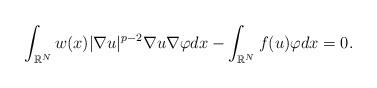
LaTeX: \begin{align*}\int_{\mathbb{R}^N}w(x)|\nabla u|^{p-2} \nabla u\nabla \varphi dx-\int_{\mathbb{R}^N}f(u)\varphi dx=0.\end{align*}